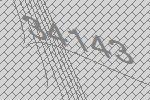
34143